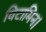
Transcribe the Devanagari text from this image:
विटामिन।